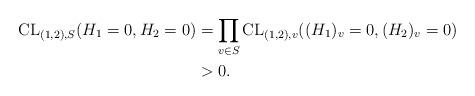
LaTeX: \begin{align*}\mathrm{CL}_{(1,2), S}( H_1 = 0, H_2 = 0 ) &= \prod_{v \in S} \mathrm{CL}_{(1,2),v}( (H_1)_v = 0, (H_2)_v = 0 ) \\&> 0.\end{align*}